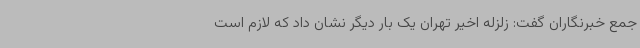
جمع خبرنگاران گفت: زلزله اخیر تهران یک بار دیگر نشان داد که لازم است